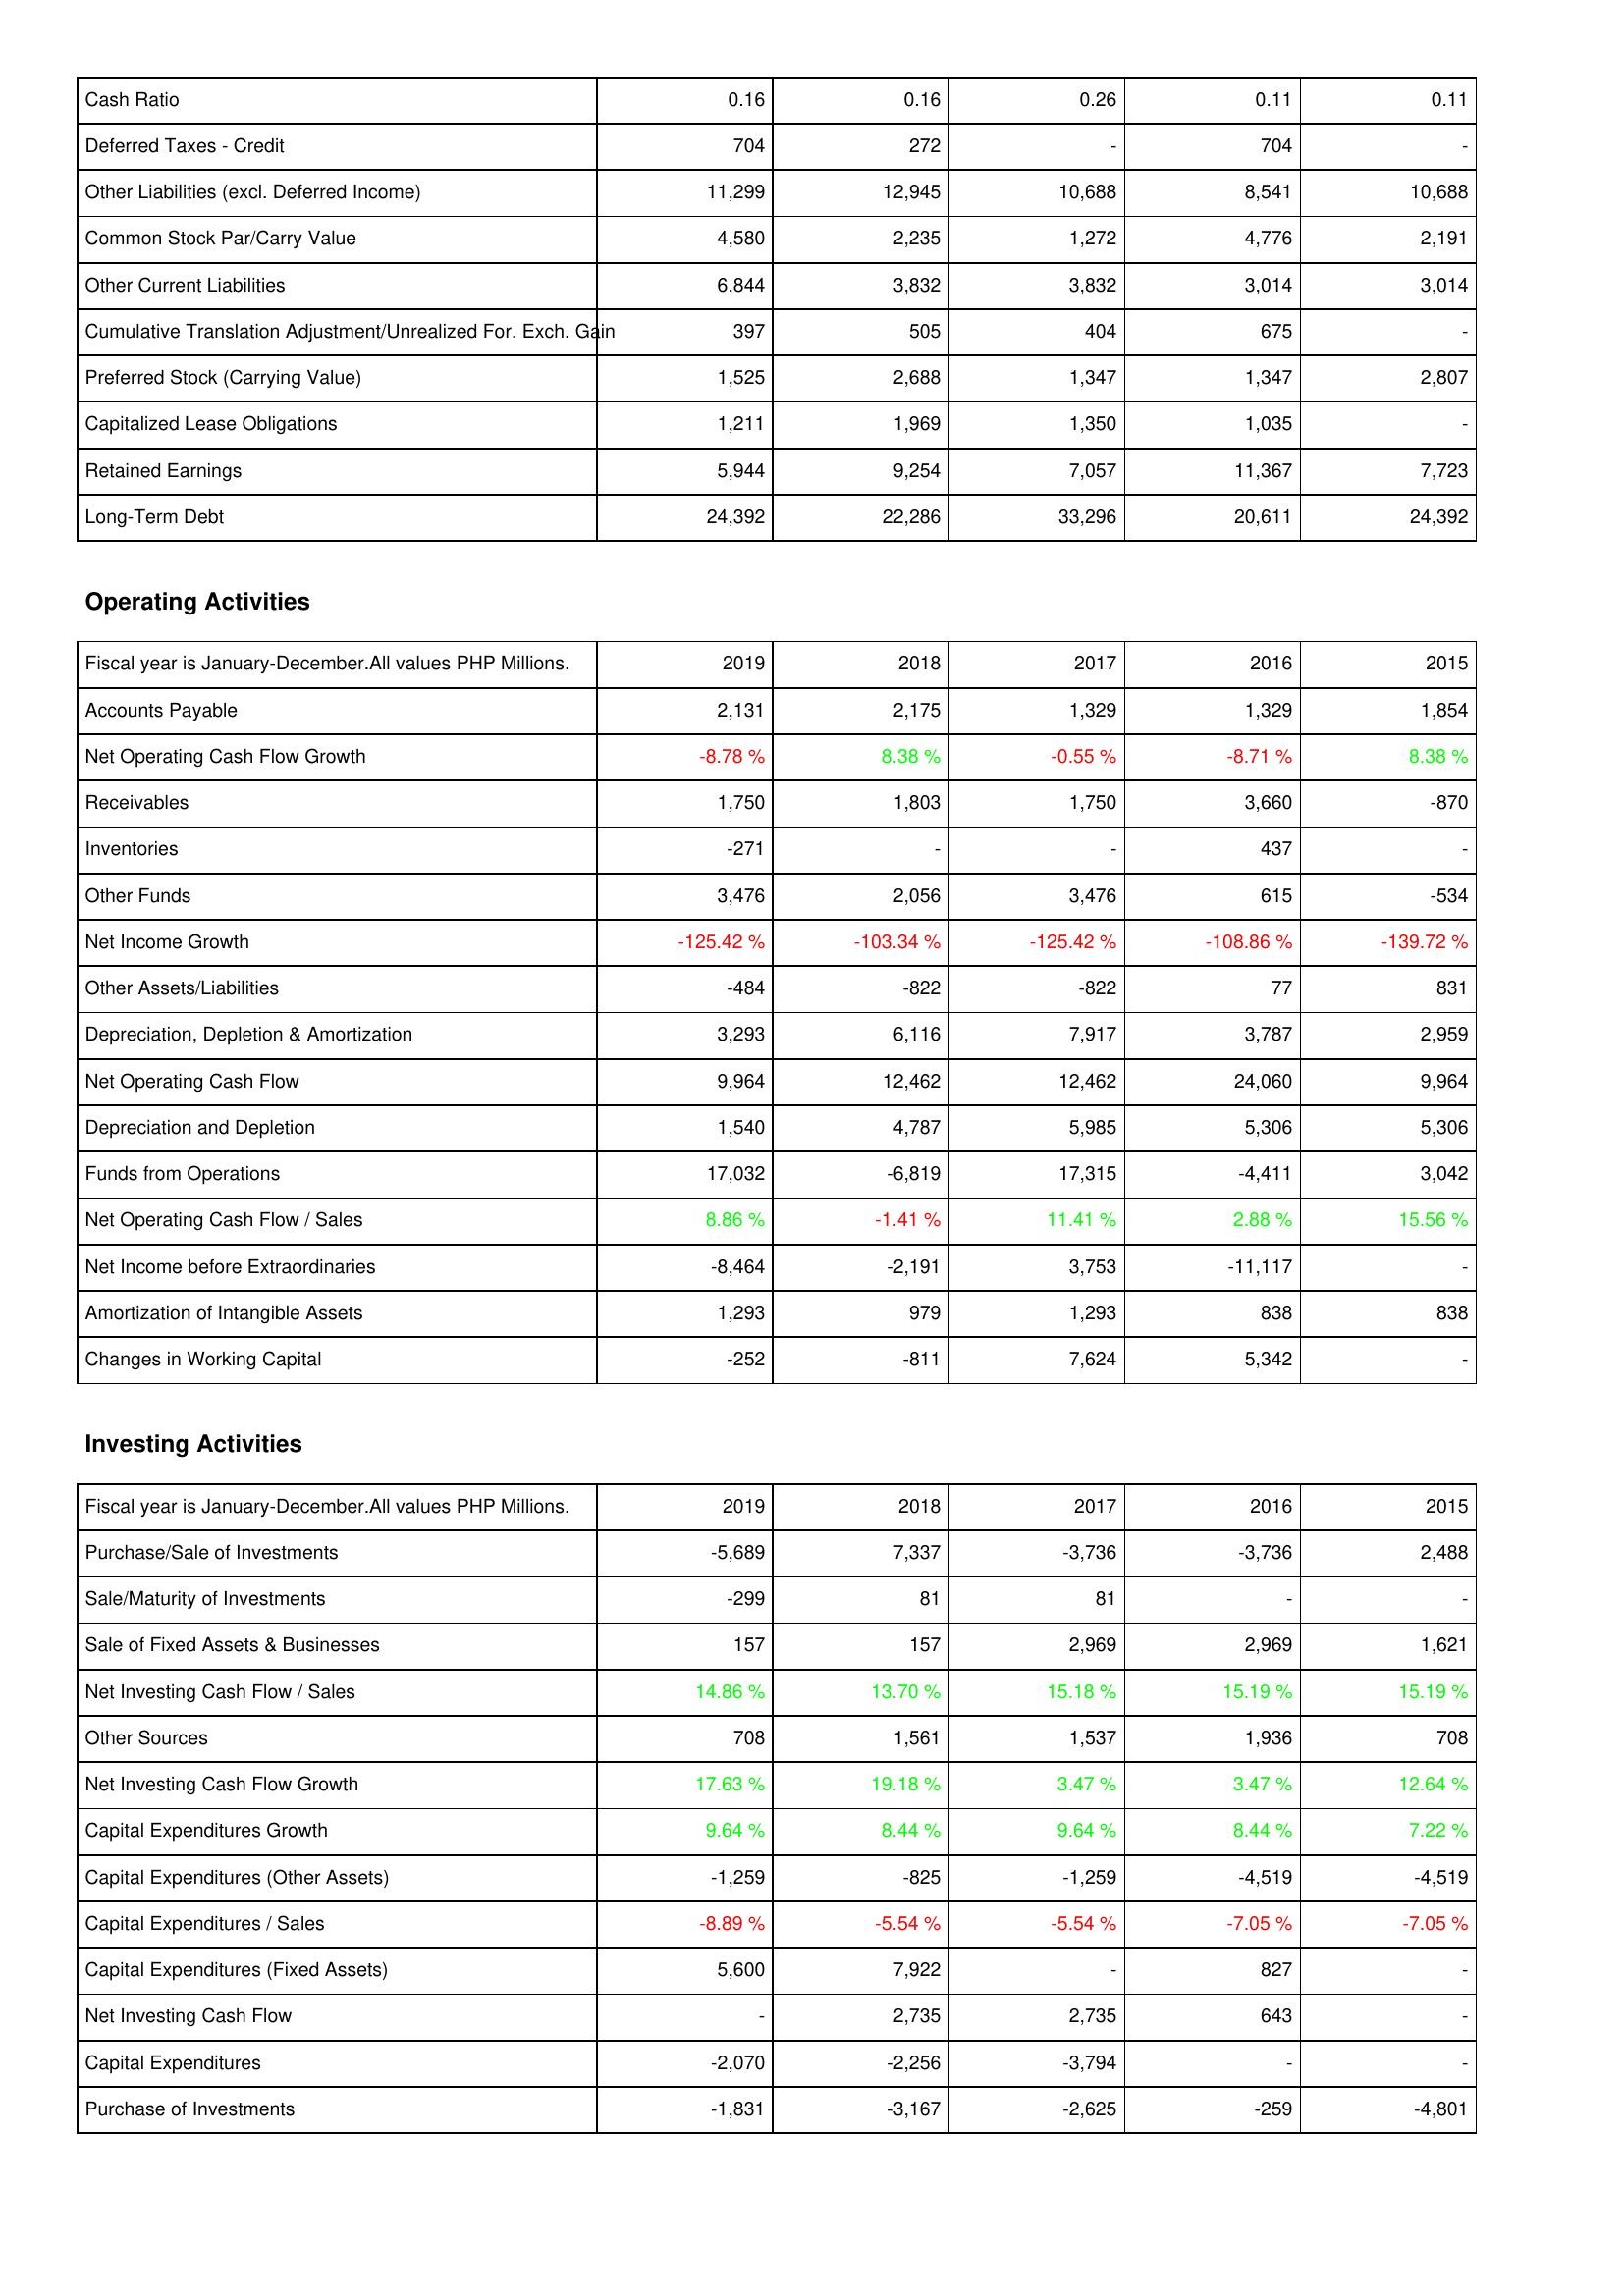
2019: Liabilities & Shareholders' Equity: Cash Ratio: 0.16
Deferred Taxes - Credit: 704
Other Liabilities (excl. Deferred Income): 11,299
Common Stock Par/Carry Value: 4,580
Other Current Liabilities: 6,844
Cumulative Translation Adjustment/Unrealized For. Exch. Gain: 397
Preferred Stock (Carrying Value): 1,525
Capitalized Lease Obligations: 1,211
Retained Earnings: 5,944
Long-Term Debt: 24,392
Operating Activities: Accounts Payable: 2,131
Net Operating Cash Flow Growth: -8.78 %
Receivables: 1,750
Inventories: -271
Other Funds: 3,476
Net Income Growth: -125.42 %
Other Assets/Liabilities: -484
Depreciation, Depletion & Amortization: 3,293
Net Operating Cash Flow: 9,964
Depreciation and Depletion: 1,540
Funds from Operations: 17,032
Net Operating Cash Flow / Sales: 8.86 %
Net Income before Extraordinaries: -8,464
Amortization of Intangible Assets: 1,293
Changes in Working Capital: -252
Investing Activities: Purchase/Sale of Investments: -5,689
Sale/Maturity of Investments: -299
Sale of Fixed Assets & Businesses: 157
Net Investing Cash Flow / Sales: 14.86 %
Other Sources: 708
Net Investing Cash Flow Growth: 17.63 %
Capital Expenditures Growth: 9.64 %
Capital Expenditures (Other Assets): -1,259
Capital Expenditures / Sales: -8.89 %
Capital Expenditures (Fixed Assets): 5,600
Net Investing Cash Flow: -
Capital Expenditures: -2,070
Purchase of Investments: -1,831
2018: Liabilities & Shareholders' Equity: Cash Ratio: 0.16
Deferred Taxes - Credit: 272
Other Liabilities (excl. Deferred Income): 12,945
Common Stock Par/Carry Value: 2,235
Other Current Liabilities: 3,832
Cumulative Translation Adjustment/Unrealized For. Exch. Gain: 505
Preferred Stock (Carrying Value): 2,688
Capitalized Lease Obligations: 1,969
Retained Earnings: 9,254
Long-Term Debt: 22,286
Operating Activities: Accounts Payable: 2,175
Net Operating Cash Flow Growth: 8.38 %
Receivables: 1,803
Inventories: -
Other Funds: 2,056
Net Income Growth: -103.34 %
Other Assets/Liabilities: -822
Depreciation, Depletion & Amortization: 6,116
Net Operating Cash Flow: 12,462
Depreciation and Depletion: 4,787
Funds from Operations: -6,819
Net Operating Cash Flow / Sales: -1.41 %
Net Income before Extraordinaries: -2,191
Amortization of Intangible Assets: 979
Changes in Working Capital: -811
Investing Activities: Purchase/Sale of Investments: 7,337
Sale/Maturity of Investments: 81
Sale of Fixed Assets & Businesses: 157
Net Investing Cash Flow / Sales: 13.70 %
Other Sources: 1,561
Net Investing Cash Flow Growth: 19.18 %
Capital Expenditures Growth: 8.44 %
Capital Expenditures (Other Assets): -825
Capital Expenditures / Sales: -5.54 %
Capital Expenditures (Fixed Assets): 7,922
Net Investing Cash Flow: 2,735
Capital Expenditures: -2,256
Purchase of Investments: -3,167
2017: Liabilities & Shareholders' Equity: Cash Ratio: 0.26
Deferred Taxes - Credit: -
Other Liabilities (excl. Deferred Income): 10,688
Common Stock Par/Carry Value: 1,272
Other Current Liabilities: 3,832
Cumulative Translation Adjustment/Unrealized For. Exch. Gain: 404
Preferred Stock (Carrying Value): 1,347
Capitalized Lease Obligations: 1,350
Retained Earnings: 7,057
Long-Term Debt: 33,296
Operating Activities: Accounts Payable: 1,329
Net Operating Cash Flow Growth: -0.55 %
Receivables: 1,750
Inventories: -
Other Funds: 3,476
Net Income Growth: -125.42 %
Other Assets/Liabilities: -822
Depreciation, Depletion & Amortization: 7,917
Net Operating Cash Flow: 12,462
Depreciation and Depletion: 5,985
Funds from Operations: 17,315
Net Operating Cash Flow / Sales: 11.41 %
Net Income before Extraordinaries: 3,753
Amortization of Intangible Assets: 1,293
Changes in Working Capital: 7,624
Investing Activities: Purchase/Sale of Investments: -3,736
Sale/Maturity of Investments: 81
Sale of Fixed Assets & Businesses: 2,969
Net Investing Cash Flow / Sales: 15.18 %
Other Sources: 1,537
Net Investing Cash Flow Growth: 3.47 %
Capital Expenditures Growth: 9.64 %
Capital Expenditures (Other Assets): -1,259
Capital Expenditures / Sales: -5.54 %
Capital Expenditures (Fixed Assets): -
Net Investing Cash Flow: 2,735
Capital Expenditures: -3,794
Purchase of Investments: -2,625
2016: Liabilities & Shareholders' Equity: Cash Ratio: 0.11
Deferred Taxes - Credit: 704
Other Liabilities (excl. Deferred Income): 8,541
Common Stock Par/Carry Value: 4,776
Other Current Liabilities: 3,014
Cumulative Translation Adjustment/Unrealized For. Exch. Gain: 675
Preferred Stock (Carrying Value): 1,347
Capitalized Lease Obligations: 1,035
Retained Earnings: 11,367
Long-Term Debt: 20,611
Operating Activities: Accounts Payable: 1,329
Net Operating Cash Flow Growth: -8.71 %
Receivables: 3,660
Inventories: 437
Other Funds: 615
Net Income Growth: -108.86 %
Other Assets/Liabilities: 77
Depreciation, Depletion & Amortization: 3,787
Net Operating Cash Flow: 24,060
Depreciation and Depletion: 5,306
Funds from Operations: -4,411
Net Operating Cash Flow / Sales: 2.88 %
Net Income before Extraordinaries: -11,117
Amortization of Intangible Assets: 838
Changes in Working Capital: 5,342
Investing Activities: Purchase/Sale of Investments: -3,736
Sale/Maturity of Investments: -
Sale of Fixed Assets & Businesses: 2,969
Net Investing Cash Flow / Sales: 15.19 %
Other Sources: 1,936
Net Investing Cash Flow Growth: 3.47 %
Capital Expenditures Growth: 8.44 %
Capital Expenditures (Other Assets): -4,519
Capital Expenditures / Sales: -7.05 %
Capital Expenditures (Fixed Assets): 827
Net Investing Cash Flow: 643
Capital Expenditures: -
Purchase of Investments: -259
2015: Liabilities & Shareholders' Equity: Cash Ratio: 0.11
Deferred Taxes - Credit: -
Other Liabilities (excl. Deferred Income): 10,688
Common Stock Par/Carry Value: 2,191
Other Current Liabilities: 3,014
Cumulative Translation Adjustment/Unrealized For. Exch. Gain: -
Preferred Stock (Carrying Value): 2,807
Capitalized Lease Obligations: -
Retained Earnings: 7,723
Long-Term Debt: 24,392
Operating Activities: Accounts Payable: 1,854
Net Operating Cash Flow Growth: 8.38 %
Receivables: -870
Inventories: -
Other Funds: -534
Net Income Growth: -139.72 %
Other Assets/Liabilities: 831
Depreciation, Depletion & Amortization: 2,959
Net Operating Cash Flow: 9,964
Depreciation and Depletion: 5,306
Funds from Operations: 3,042
Net Operating Cash Flow / Sales: 15.56 %
Net Income before Extraordinaries: -
Amortization of Intangible Assets: 838
Changes in Working Capital: -
Investing Activities: Purchase/Sale of Investments: 2,488
Sale/Maturity of Investments: -
Sale of Fixed Assets & Businesses: 1,621
Net Investing Cash Flow / Sales: 15.19 %
Other Sources: 708
Net Investing Cash Flow Growth: 12.64 %
Capital Expenditures Growth: 7.22 %
Capital Expenditures (Other Assets): -4,519
Capital Expenditures / Sales: -7.05 %
Capital Expenditures (Fixed Assets): -
Net Investing Cash Flow: -
Capital Expenditures: -
Purchase of Investments: -4,801